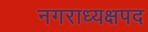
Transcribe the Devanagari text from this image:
नगराध्यक्षपद